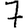
Digit: 7